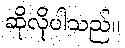
ဆိုလိုပါသည်။